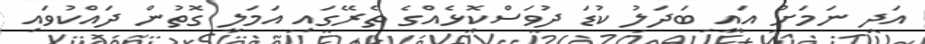
އަދި ނަމަށް އައި ބަދަލު ކުޑަ ދުވަސްކޮޅެއްގެ ތެރޭގައި އަމަލީ ގޮތުން ދައްކުވައި